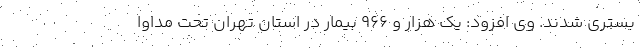
بستری شدند. وی افزود: یک هزار و ۹۶۶ بیمار در استان تهران تحت مداوا